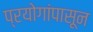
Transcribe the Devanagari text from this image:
प्रयोगांपासून